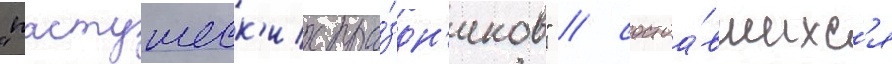
"пастушеск'их пра́здн'иков" / состоа́вшихс'я